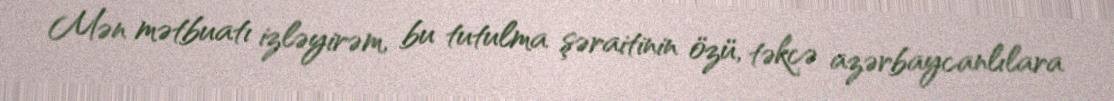
Mən mətbuatı izləyirəm, bu tutulma şəraitinin özü, təkcə azərbaycanlılara